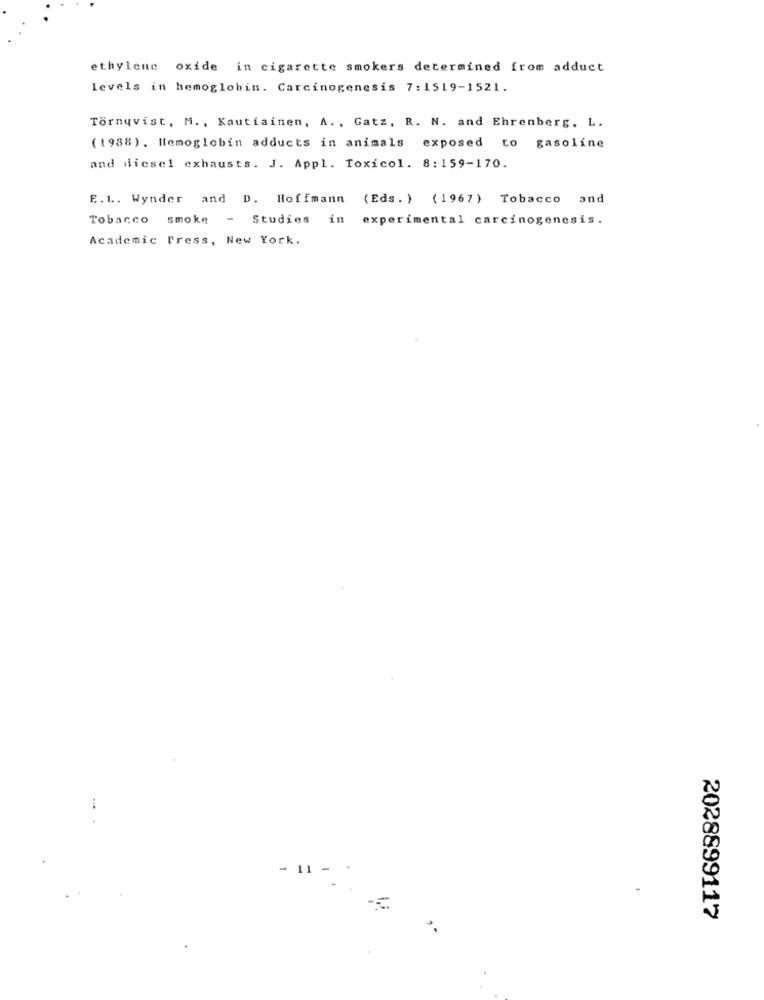
ethylene oxide in cigarette smokers determined from adduct
levels in hemoglobin. Carcinogenesis 7:1519-1521.
Törnqvist, M ., Kautiainen, A. , Gatz, R. N. and Ehrenberg, L.
(1988). Hemoglobin adducts in animals exposed to gasoline
and diesel exhausts. J. Appl. Toxicol. 8:159-170.
E.L .. Wynder and D. Hoffmann (Eds. ) (1967) Tobacco and
Tobacco smoke - Studies in experimental carcinogenesis.
Academic Press, New York.
- 11 -
-=
2028899117